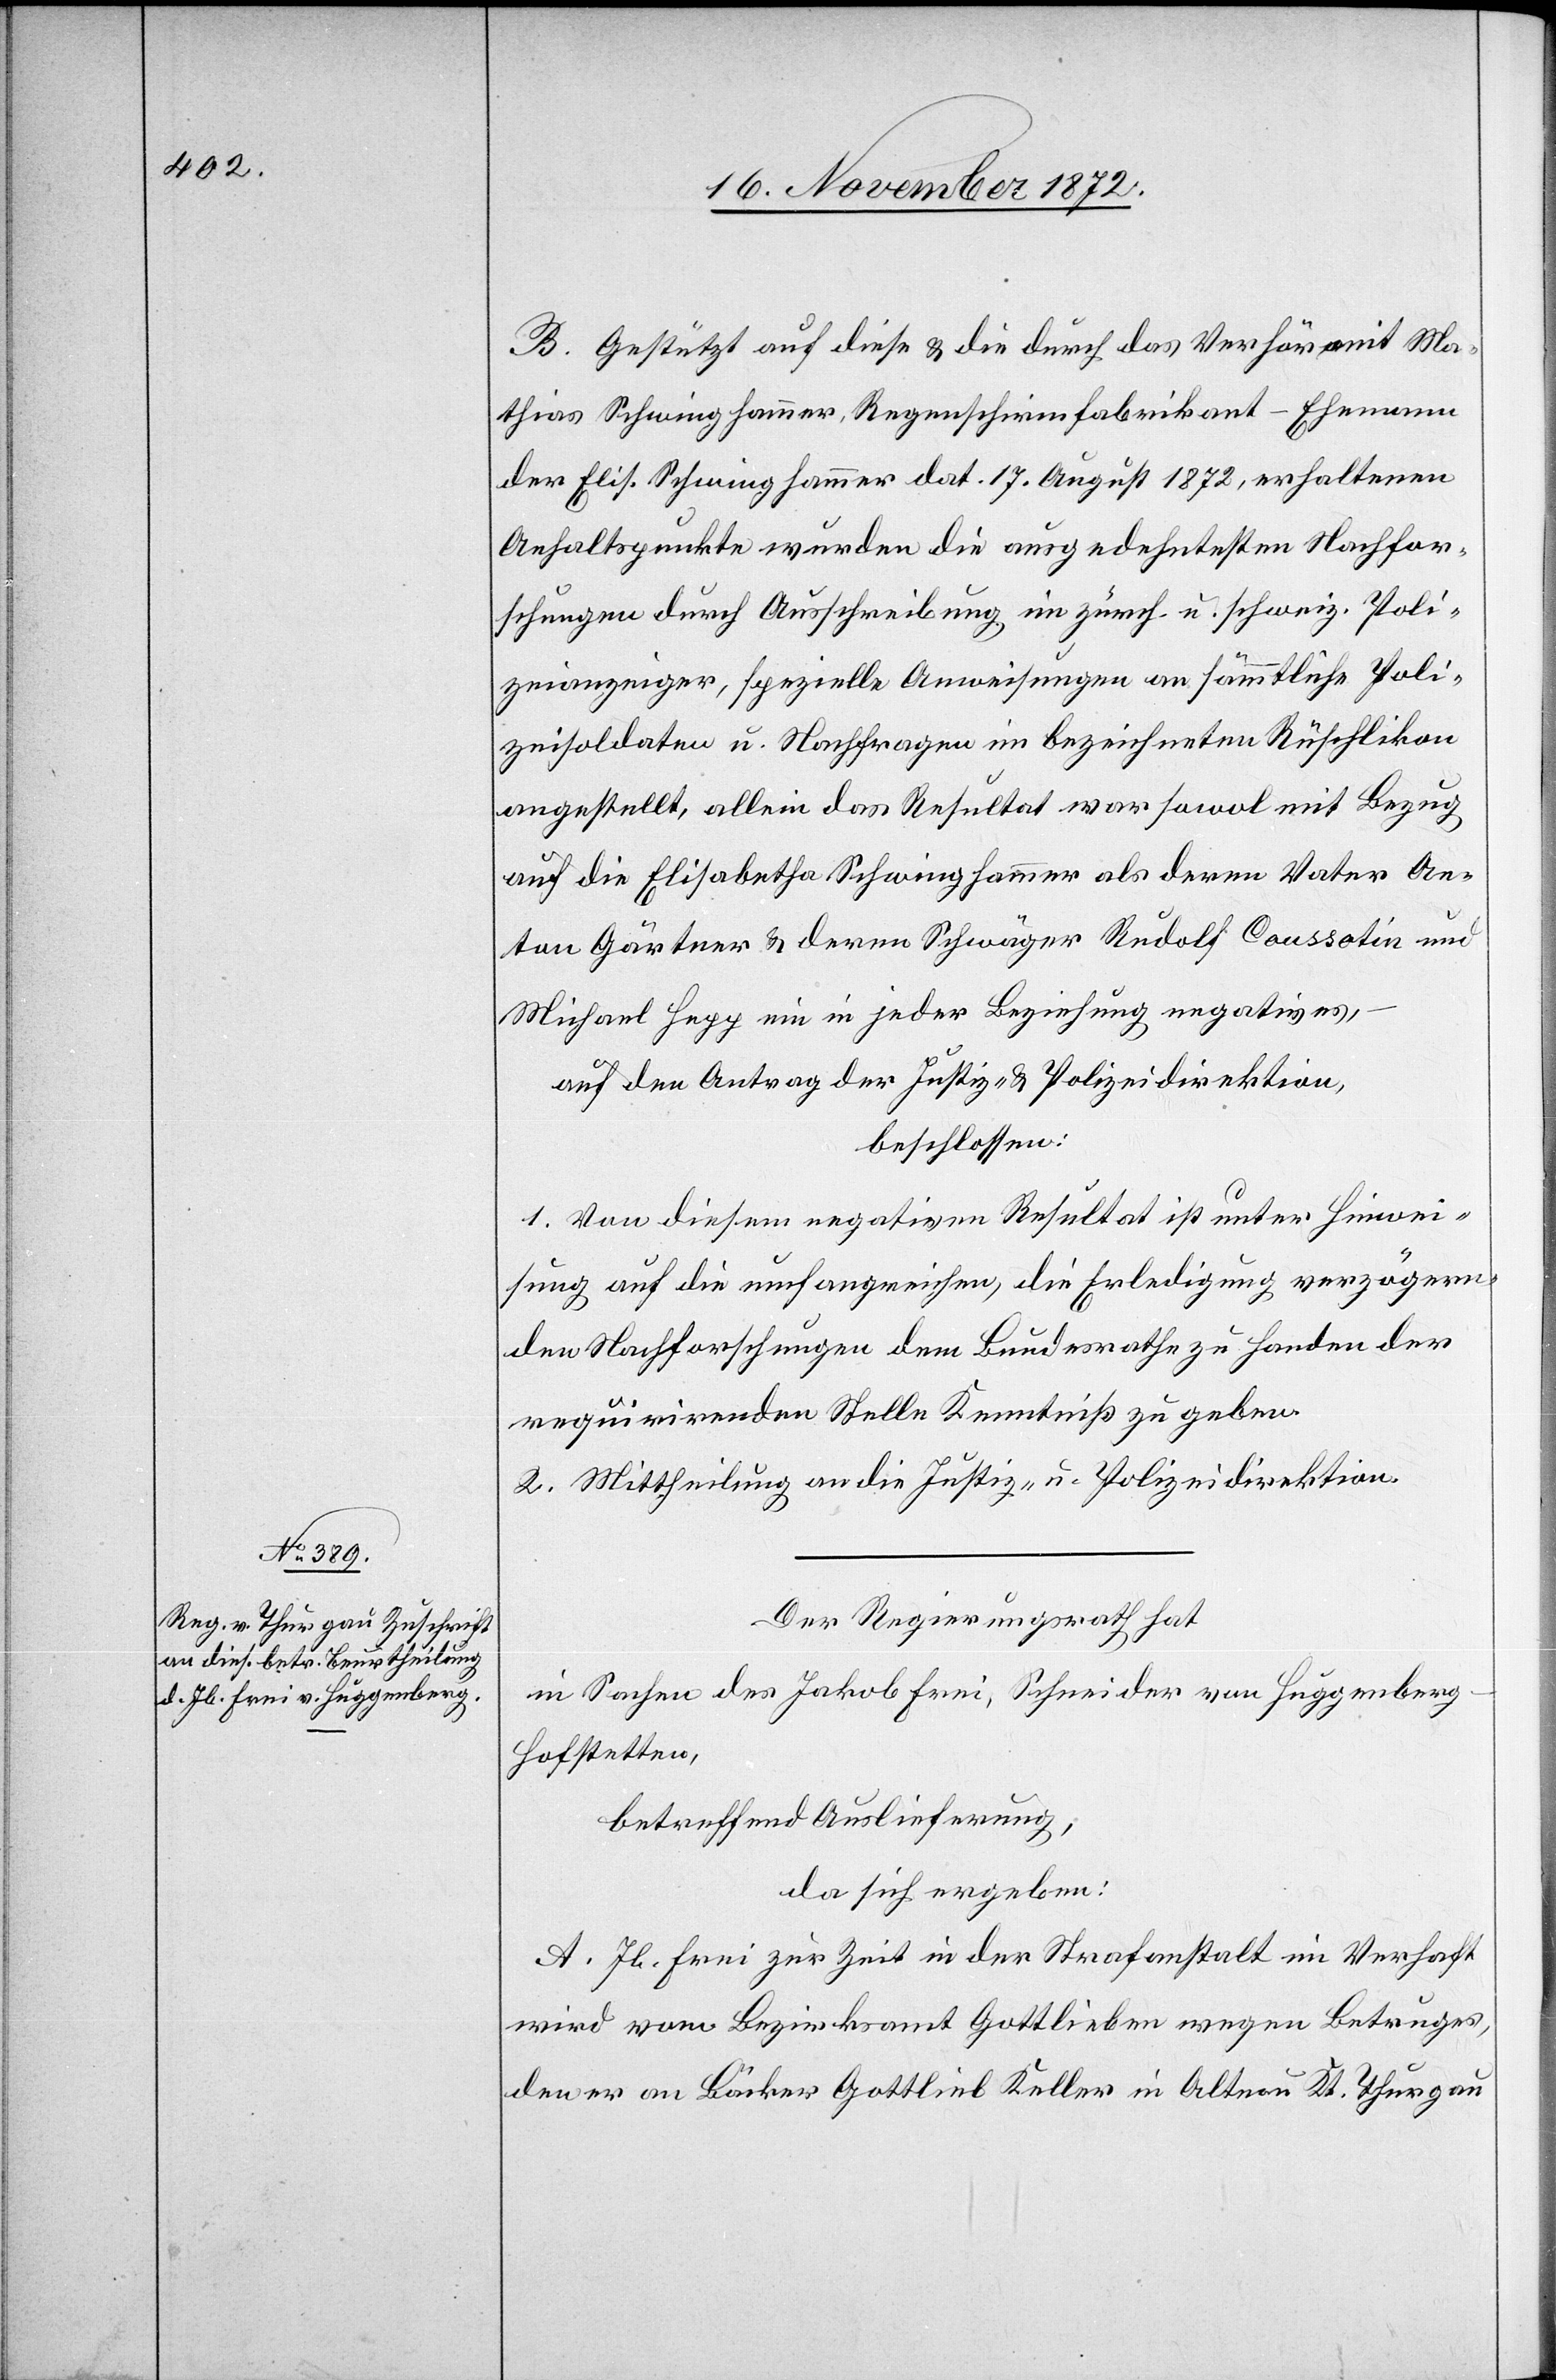
B. Gestützt auf diese u. die durch das Verhöramt Ma¬
thias Schwinghammer, Regenschirmfabrikant-Ehemann
der Elis. Schwinghammer dat. 17. August 1872, erhaltenen
Anhaltspunkte wurden die ausgedehntesten Nachfor¬
schungen durch Ausschreibung im zürch. u. schweiz. Poli¬
zeianzeiger, spezielle Anweisungen an sämmtliche Poli¬
zeisoldaten u. Nachfragen im bezeichneten Rüschlikon
angestellt, allein das Resultat war sowol mit Bezug
auf die Elisabetha Schwinghammer als deren Vater An¬
ton Gärtner u. deren Schwäger Rudolf Coussotin und
Michael Hengg ein in jeder Beziehung negatives,
auf den Antrag der Justiz- u. Polizeidirektion,
beschlossen:
1. Von diesem negativen Resultat ist unter Hinwei¬
sung auf die umfangreichen, die Erledigung verzögern¬
den Nachforschungen dem Bundesrathe zu Handen der
requirirenden Stelle Kenntniß zu geben.
2. Mittheilung an die Justiz- u. Polizeidirektion.
Der Regierungsrath hat
in Sachen des Jakob Frei, Schneider von Huggenber¬
g-Hofstetten,
betreffend Auslieferung,
da sich ergeben:
A. Jb. Frei zur Zeit in der Strafanstalt im Verhaft
wird vom Bezirksamt Gottlieben wegen Betruges,
den er an Bäcker Gottlieb Keller in Altnau Kt. Thurgau